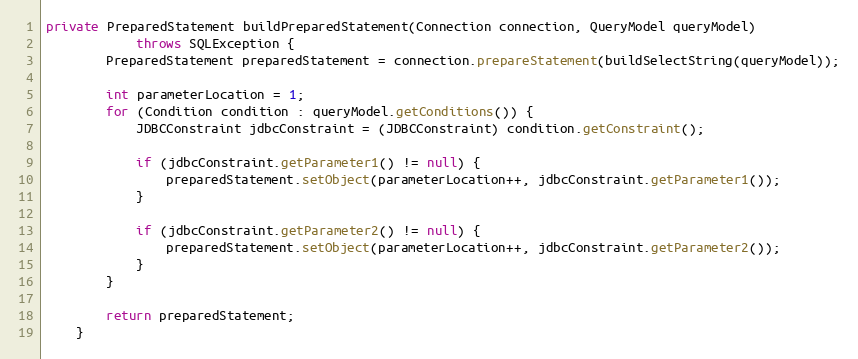
Language: Java
private PreparedStatement buildPreparedStatement(Connection connection, QueryModel queryModel)
            throws SQLException {
        PreparedStatement preparedStatement = connection.prepareStatement(buildSelectString(queryModel));

        int parameterLocation = 1;
        for (Condition condition : queryModel.getConditions()) {
            JDBCConstraint jdbcConstraint = (JDBCConstraint) condition.getConstraint();

            if (jdbcConstraint.getParameter1() != null) {
                preparedStatement.setObject(parameterLocation++, jdbcConstraint.getParameter1());
            }

            if (jdbcConstraint.getParameter2() != null) {
                preparedStatement.setObject(parameterLocation++, jdbcConstraint.getParameter2());
            }
        }

        return preparedStatement;
    }